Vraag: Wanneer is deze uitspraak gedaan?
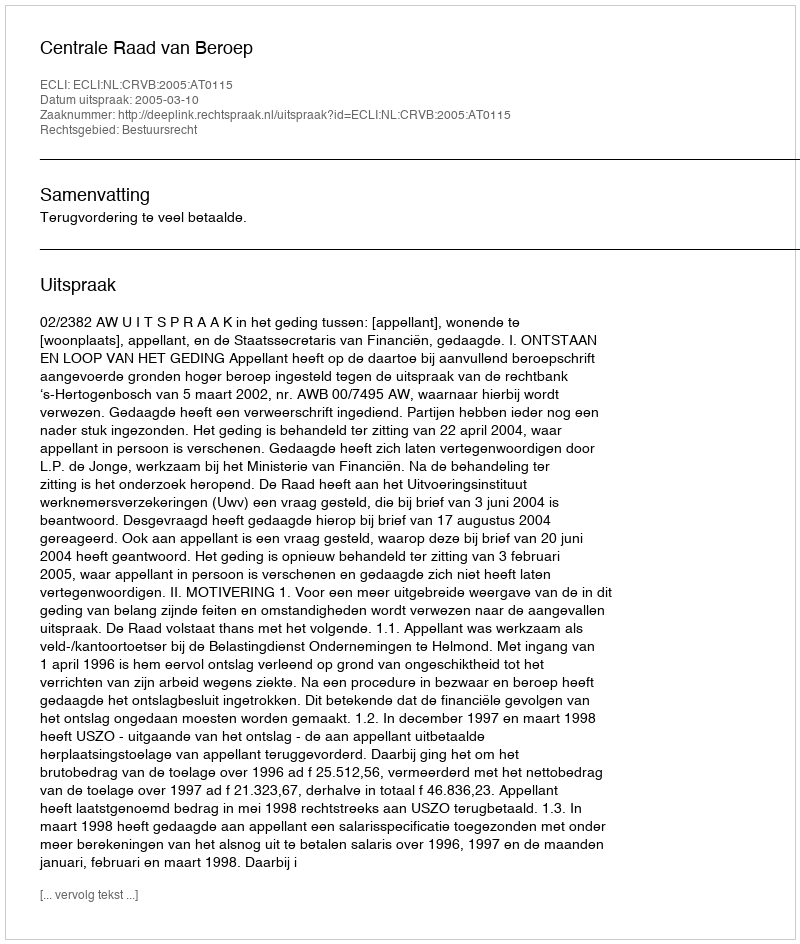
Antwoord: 2005-03-10